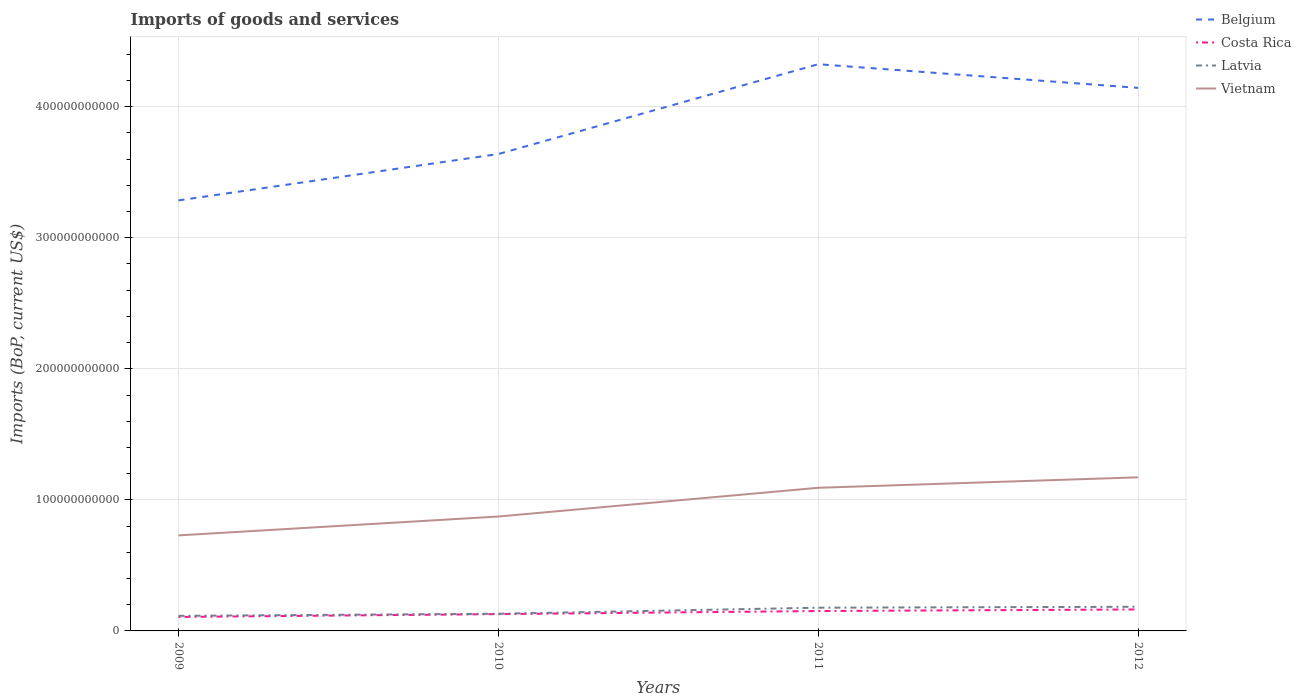
| Years | Belgium | Costa Rica | Latvia | Vietnam |
 | --- | --- | --- | --- | --- |
 | 2009 | 3.29e+11 | 1.07e+10 | 1.15e+10 | 7.29e+10 |
 | 2010 | 3.64e+11 | 1.28e+10 | 1.31e+10 | 8.73e+10 |
 | 2011 | 4.32e+11 | 1.52e+10 | 1.77e+10 | 1.09e+11 |
 | 2012 | 4.14e+11 | 1.64e+10 | 1.84e+10 | 1.17e+11 |